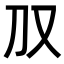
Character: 𪠤